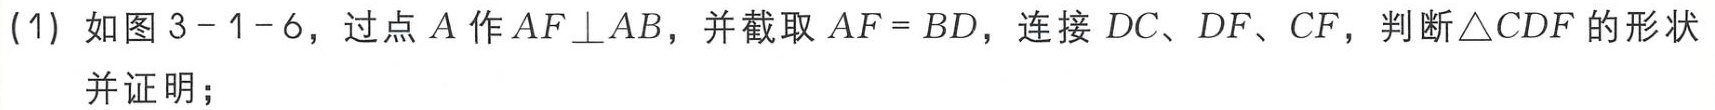
(1) 如图 \(3 - 1 - 6\)，过点 \(A\) 作 \(AF\perp AB\)，并截取 \(AF = BD\)，连接 \(DC\)、\(DF\)、\(CF\)，判断\(\triangle CDF\) 的形状并证明；